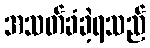
အသတ်ခံခဲ့ရသည်